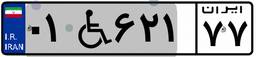
۰۱W۶۲۱۷۷